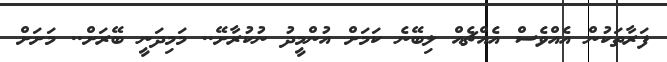
ފަރާތަކުން އެއްވެސް އެއްޗެއް ލިބޭނެ ކަމަށް އުންމީދު ނުކުރާށޭ.. މަމިދަނީ ބޭރަށް.. މަށަށް